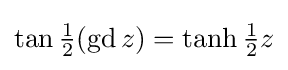
\tan {\tfrac {1}{2}}(\operatorname {gd} z)=\tanh {\tfrac {1}{2}}z